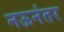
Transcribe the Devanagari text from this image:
नऊनंतर